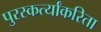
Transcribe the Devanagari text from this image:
पुरस्कर्त्यांकरिता